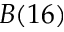
B ( 1 6 )